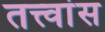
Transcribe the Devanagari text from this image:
तत्त्वांस